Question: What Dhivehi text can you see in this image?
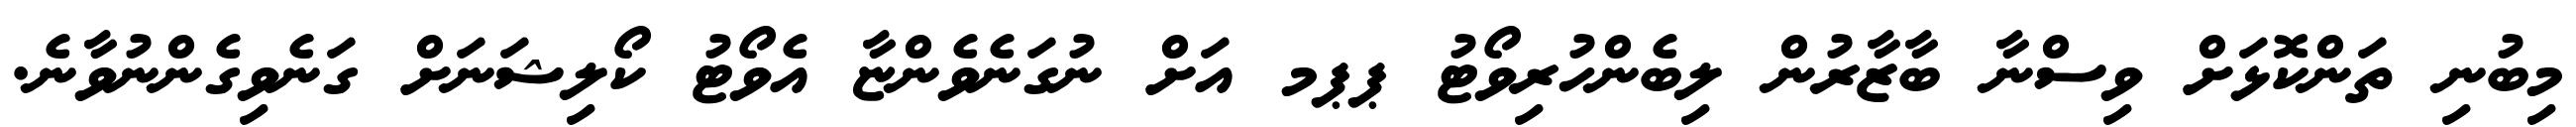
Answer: މިބުނި ތަންކޮޅަށް ވިސްނާ ބާޒާރުން ލިބެންހުރިވޯޓު ޕޕމ އަށް ނުގަނެވެންޏާ އެވޯޓު ކޯލިޝަނަށް ގަނެވިގެންނުވާނެ.